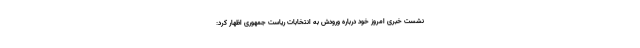
نشست خبری امروز خود درباره ورودش به انتخابات ریاست جمهوری اظهار کرد: